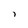
Character: 1